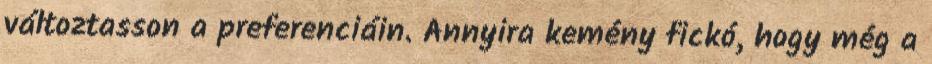
változtasson a preferenciáin. Annyira kemény fickó, hogy még a